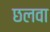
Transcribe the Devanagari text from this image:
छलवा